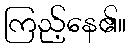
ကြည့်နေ၏။